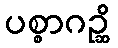
ပစ္စာဂဉ္ဆိ